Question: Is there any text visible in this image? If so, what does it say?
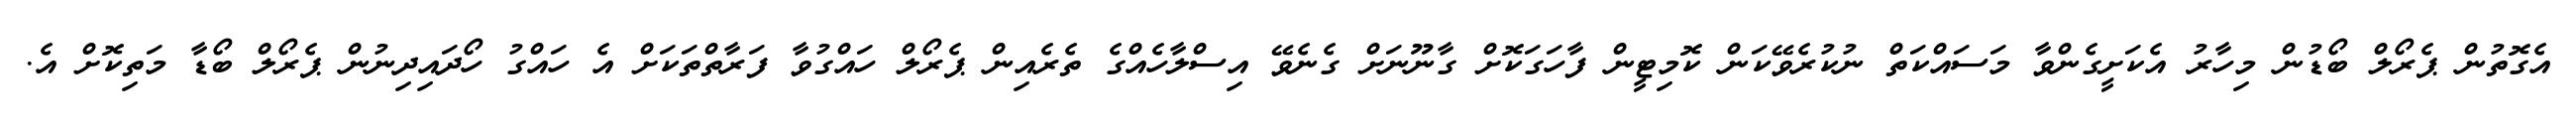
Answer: އެގޮތުން ޕެރޯލް ބޯޑުން މިހާރު އެކަށީގެންވާ މަސައްކަތް ނުކުރެވޭކަން ކޮމިޓީން ފާހަގަކޮށް ގާނޫނަށް ގެނެވޭ އިސްލާހެއްގެ ތެރެއިން ޕެރޯލް ހައްގުވާ ފަރާތްތަކަށް އެ ހައްގު ހޯދައިދިނުން ޕެރޯލް ބޯޑާ މަތިކޮށް އެ.